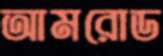
আমরোড